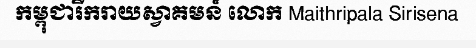
កម្ពុជារីករាយស្វាគមន៍ លោក Maithripala Sirisena